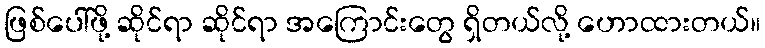
ဖြစ်ပေါ်ဖို့ ဆိုင်ရာ ဆိုင်ရာ အကြောင်းတွေ ရှိတယ်လို့ ဟောထားတယ်။